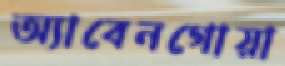
অ্যাবেনগোয়া